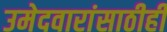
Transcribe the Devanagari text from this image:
उमेदवारांसाठीही